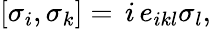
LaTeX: \left[\sigma_{i},\sigma_{k}\right]=\, i\, e_{ikl}\sigma_{l},